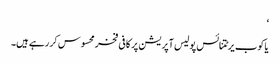
‘
یاکوب یرٹتنائس پولیس آپریشن پر کافی فخر محسوس کر رہے ہیں۔